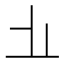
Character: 𱤻